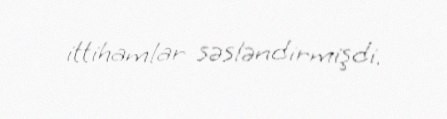
ittihamlar səsləndirmişdi.